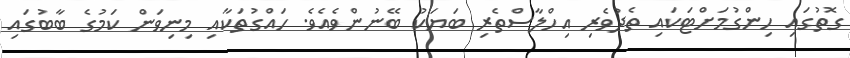
ގޮތުގައި ހިންގުމަށްޓަކައި ތެދުވެރި އިހްލާސްތެރި ބަޔަކު ބޭނުންވެއެވެ. ހައްގުތަކާއި މިނިވަން ކަމުގެ ބާބުގައި